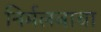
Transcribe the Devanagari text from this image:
निर्मलबाबा